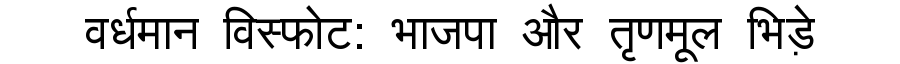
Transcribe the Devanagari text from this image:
वर्धमान विस्फोट: भाजपा और तृणमूल भिड़े